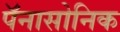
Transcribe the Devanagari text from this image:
पॅनासोनिक